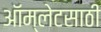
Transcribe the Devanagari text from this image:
ऑम्लेटसाठी